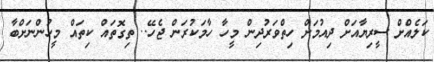
ކަލެއްށް ސީރިޔާއަށް ދިއުމަށް ހިތްވަރުދިން މީހާ ހާމަކުރަން ޖެހޭ.. ތިގޮތައް ކިތައް މީހުންނަށްބާ